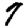
Digit: 7